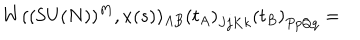
W ( ( \textrm { S U } ( N ) ) ^ { M } , x ( s ) ) _ { A B } \left( t _ { A } \right) _ { J j K k } \left( t _ { B } \right) _ { P p Q q } =